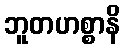
ဘူတဟစ္စာနိ